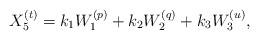
LaTeX: \begin{align*}X_{5}^{(t)}=k_1W_1^{(p)}+k_2W_2^{(q)}+k_3W_3^{(u)},\end{align*}